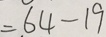
= 6 4 - 1 9